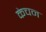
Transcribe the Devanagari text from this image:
केचन